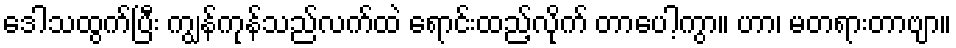
ဒေါသထွက်ပြီး ကျွန်ကုန်သည်လက်ထဲ ရောင်းထည့်လိုက် တာပေါ့ကွာ။ ဟာ၊ မတရားတာဗျာ။